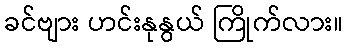
ခင်ဗျား ဟင်းနုနွယ် ကြိုက်လား။